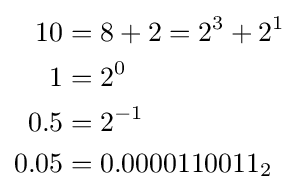
{\begin{aligned}10&=8+2=2^{3}+2^{1}\\1&=2^{0}\\0.5&=2^{-1}\\0.05&=0.0000110011_{2}\end{aligned}}